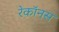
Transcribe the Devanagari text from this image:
रेकॉनस